Civil Veterinary Department. United Provinces 1923-31 - 1923-1931
Year: 1923
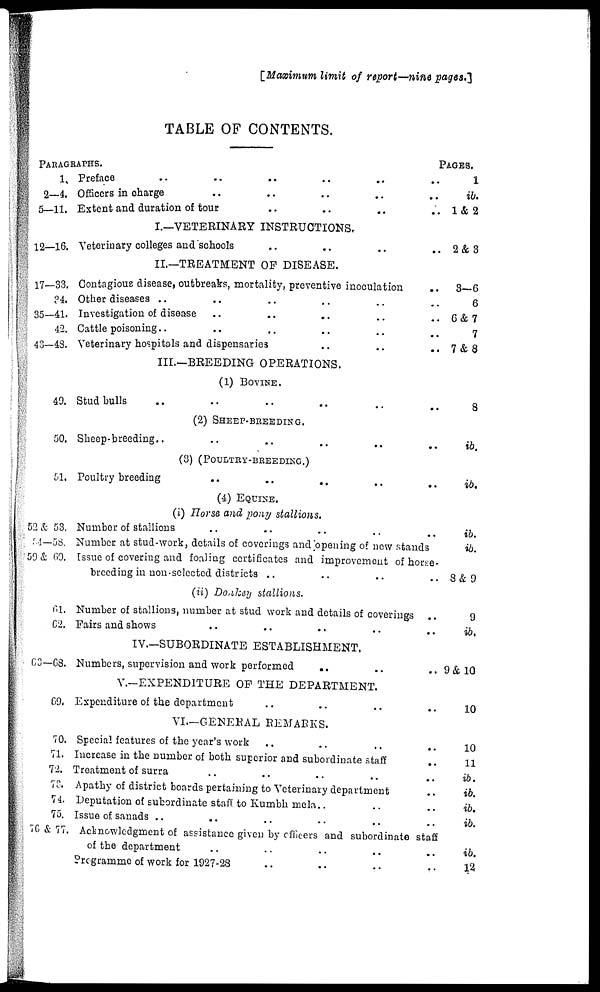
[Maximum limit of report—nine pages.]
TABLE OF CONTENTS.
PARAGRAPHS.
pages.
1. Preface .. .. ..
2—4. Officers in charge .. ..
5—11. Extent and duration of tour ..
I.—VETERINARY INSTRUCTIONS.
12—16. Veterinary colleges and schools ..
II.—TREATMENT OF DISEASE.
17—33. Contagious disease, outbreaks, mortality, preventive inoculation
?4, Other diseases
35—41. Investigation of disease .. ..
42. Cattle poisoning
43—48. Veterinary hospitals and dispensaries ..
III.—BREEDING OPERATIONS.
(1) BOVINE.
49. Stud bulls
(2) SHEEP-BREEDING.
50. Sheep-breeding .. .. ..
(3) (POULTRY-BREEDING.)
51. Poultry breeding
(4) EQUINE.
(i) Horse and pony stallions.
52 & 53. Number of stallions .. ..
M—58. Number at stud-work, details of coverings and opening of new stands
59 & 69. Issue of covering and foaling certificates and improvement of horse-
breeding in non-selected districts .. .. ..
(ii) Donkey stallions.
6l. Number of stallions, number at stud work and details of coverings
..
62. Fairs and shows .. ..
IV.—SUBORDINATE ESTABLISHMENT.
63—68. Numbers, supervision and work performed
V.—EXPEND1TURE OP THE DEPARTMENT.
G9, Expenditure of the department
VI.—GENERAL REMARKS.
70. Special features of the year's work
71. Increase in the number of both superior and subordinate staff
72. Treatment of surra
73. Apathy of district boards pertaining to Veterinary department
74. Deputation of subordinate staff to Kumbh mela .. ..
75. Issue of sanads .. .. ..
76 & 77. Acknowledgment of assistance given by officers and subordinate staff
of the department
Programme of work for 1927-28
1
ib.
1& 2
2 & 3
3-6
6
6 & 7
7
7 & 8
8
ib.
ib.
ib.
ib.
8&9
9
ib.
9 & 10
10
10
11
ib.
ib.
ib.
ib.
ib.
12